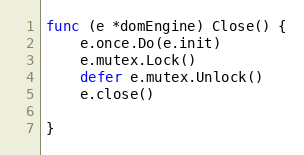
Language: Go
func (e *domEngine) Close() {
	e.once.Do(e.init)
	e.mutex.Lock()
	defer e.mutex.Unlock()
	e.close()

}